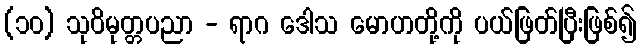
(၁၀) သုဝိမုတ္တပညာ - ရာဂ ဒေါသ မောဟတို့ကို ပယ်ဖြတ်ပြီးဖြစ်၍